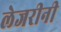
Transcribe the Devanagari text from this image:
लेजरीनी